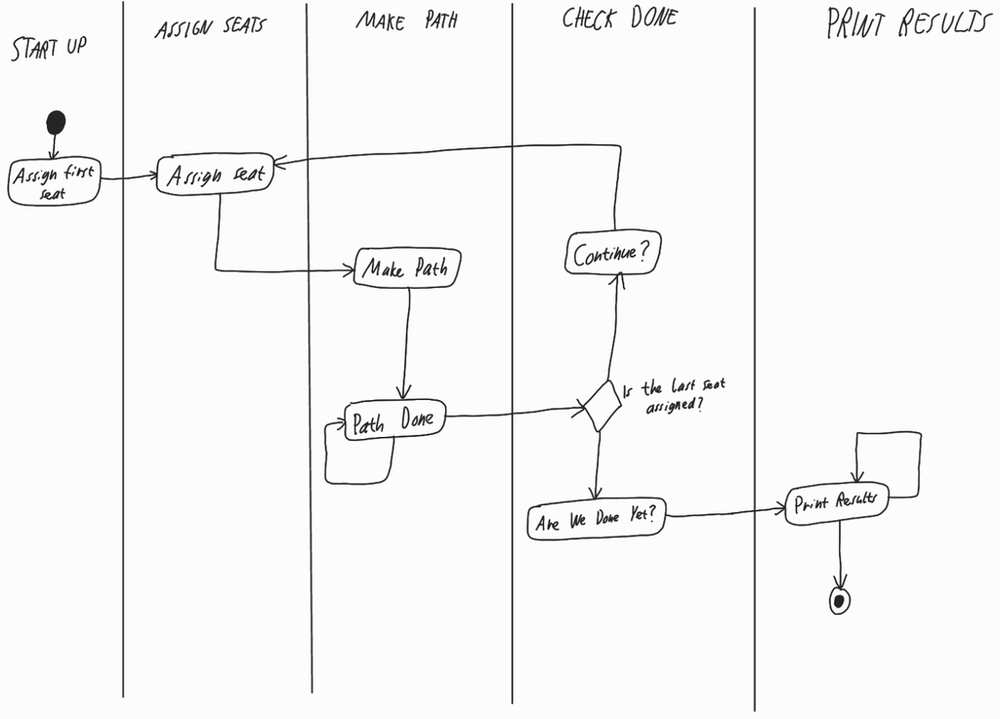
Diagram type: activity_diagram
```plantuml
@startuml

|START UP|

start

:Assign first seat;

|ASSIGN SEATS|

repeat:Assign seat;
  |MAKE PATH|
  :Make Path;
  repeat:Path Done;
  repeat while()

  |CHECK DONE|
backward:Continue?;
repeat while(Is the last seat assigned?)

:Are We Done Yet?;

|PRINT RESULTS|

repeat:Print Results;
repeat while()

stop

@enduml
```